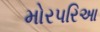
મોરપરિઆ